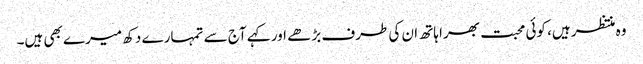
وہ منتظر ہیں، کوئی محبت بھرا ہاتھ ان کی طرف بڑھے اور کہے آج سے تمہارے دکھ میرے بھی ہیں۔